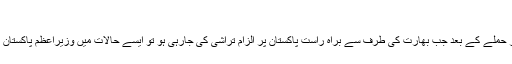
‘
محمود خان اچکزئی کا کہنا تھا کہ پٹھان کوٹ ایئر بیس پر حملے کے بعد جب بھارت کی طرف سے براہ راست پاکستان پر الزام تراشی کی جارہی ہو تو ایسے حالات میں وزیراعظم پاکستان کس طرح بیرون ملک جاکر اپنا موقف بیان کر سکیں گے۔